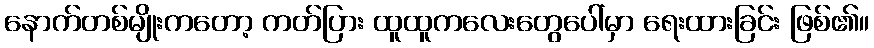
နောက်တစ်မျိုးကတော့ ကတ်ပြား ထူထူကလေးတွေပေါ်မှာ ရေးထားခြင်း ဖြစ်၏။